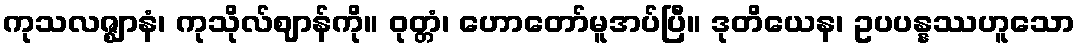
ကုသလဇ္ဈာနံ၊ ကုသိုလ်ဈာန်ကို။ ဝုတ္တံ၊ ဟောတော်မူအပ်ပြီ။ ဒုတိယေန၊ ဥပပန္နဿဟူသော